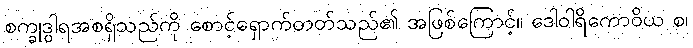
စက္ခုဒွါရအစရှိသည်ကို စောင့်ရှောက်တတ်သည်၏ အဖြစ်ကြောင့်။ ဒေါဝါရိကောဝိယ စ၊